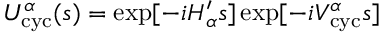
U _ { \mathrm { c y c } } ^ { \alpha } ( s ) = \exp [ - i H _ { \alpha } ^ { \prime } s ] \exp [ - i V _ { \mathrm { c y c } } ^ { \alpha } s ]